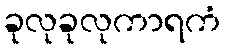
ခုလုခုလုကာရကံ